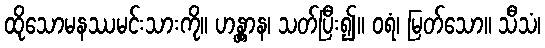
ထိုသောမနဿမင်းသားကို။ ဟန္တွာန၊ သတ်ပြီး၍။ ဝရံ၊ မြတ်သော။ သီသံ၊